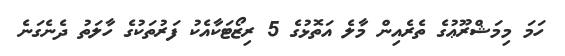
ހަމަ މިމަޝްރޫޢުގެ ތެރެއިން މާލެ އަތޮޅުގެ 5 ރިޒޯޓަކާއެކު ފަރުތަކުގެ ހާލަތު ދެނެގަނެ